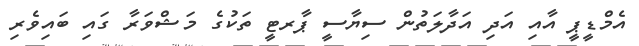
އެމްޑީޕީ އާއި އަދި އަދާލަތުން ސިޔާސީ ޕާރޓީ ތަކުގެ މަޝްވަރާ ގައި ބަައިވެރި